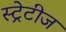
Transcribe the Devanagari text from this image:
स्ट्रेटीज